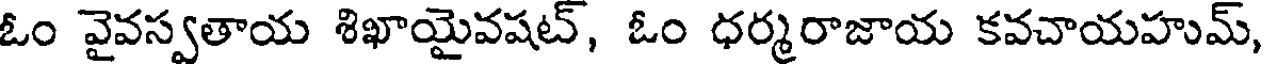
ఓం వైవస్వతాయ శిఖాయైవషట్, ఓం ధర్మరాజాయ కవచాయహుమ్,